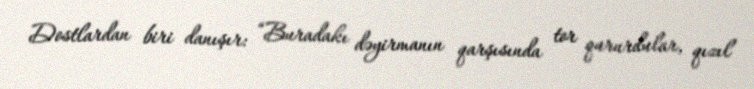
Dostlardan biri danışır: “Buradakı dəyirmanın qarşısında tor qururdular, qızıl